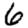
Digit: 6